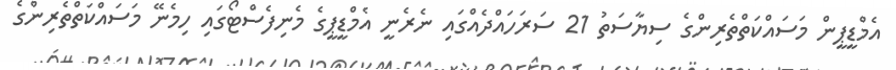
އެމްޑީޕީން މަސައްކަތްތެރިންގެ ސިޔާސަތު 21 ސަރަހައްދެއްގައި ނެރެނީ އެމްޑީޕީގެ މެނިފެސްޓޯގައި ހިމެނޭ މަސައްކަތްތެރިންގެ